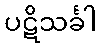
ပဋိသင်္ခါ